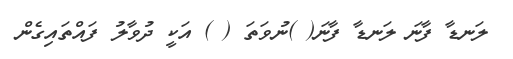
ލަނޑާ ފާނަ ލަނޑާ ފާނަ( )ނުވަތަ ( ) އަކީ ދުވާލު ފައްތައިގެން